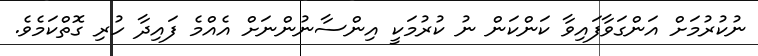
ނުކުރުމަށް އަންގަވާފައިވާ ކަންކަން ނު ކުރުމަކީ އިންސާނުންނަށް އެއްމެ ފައިދާ ހުރި ގޮތްކަމެވެ.